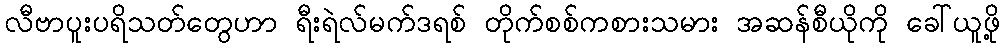
လီဗာပူးပရိသတ်တွေဟာ ရီးရဲလ်မက်ဒရစ် တိုက်စစ်ကစားသမား အဆန်စီယိုကို ခေါ်ယူဖို့